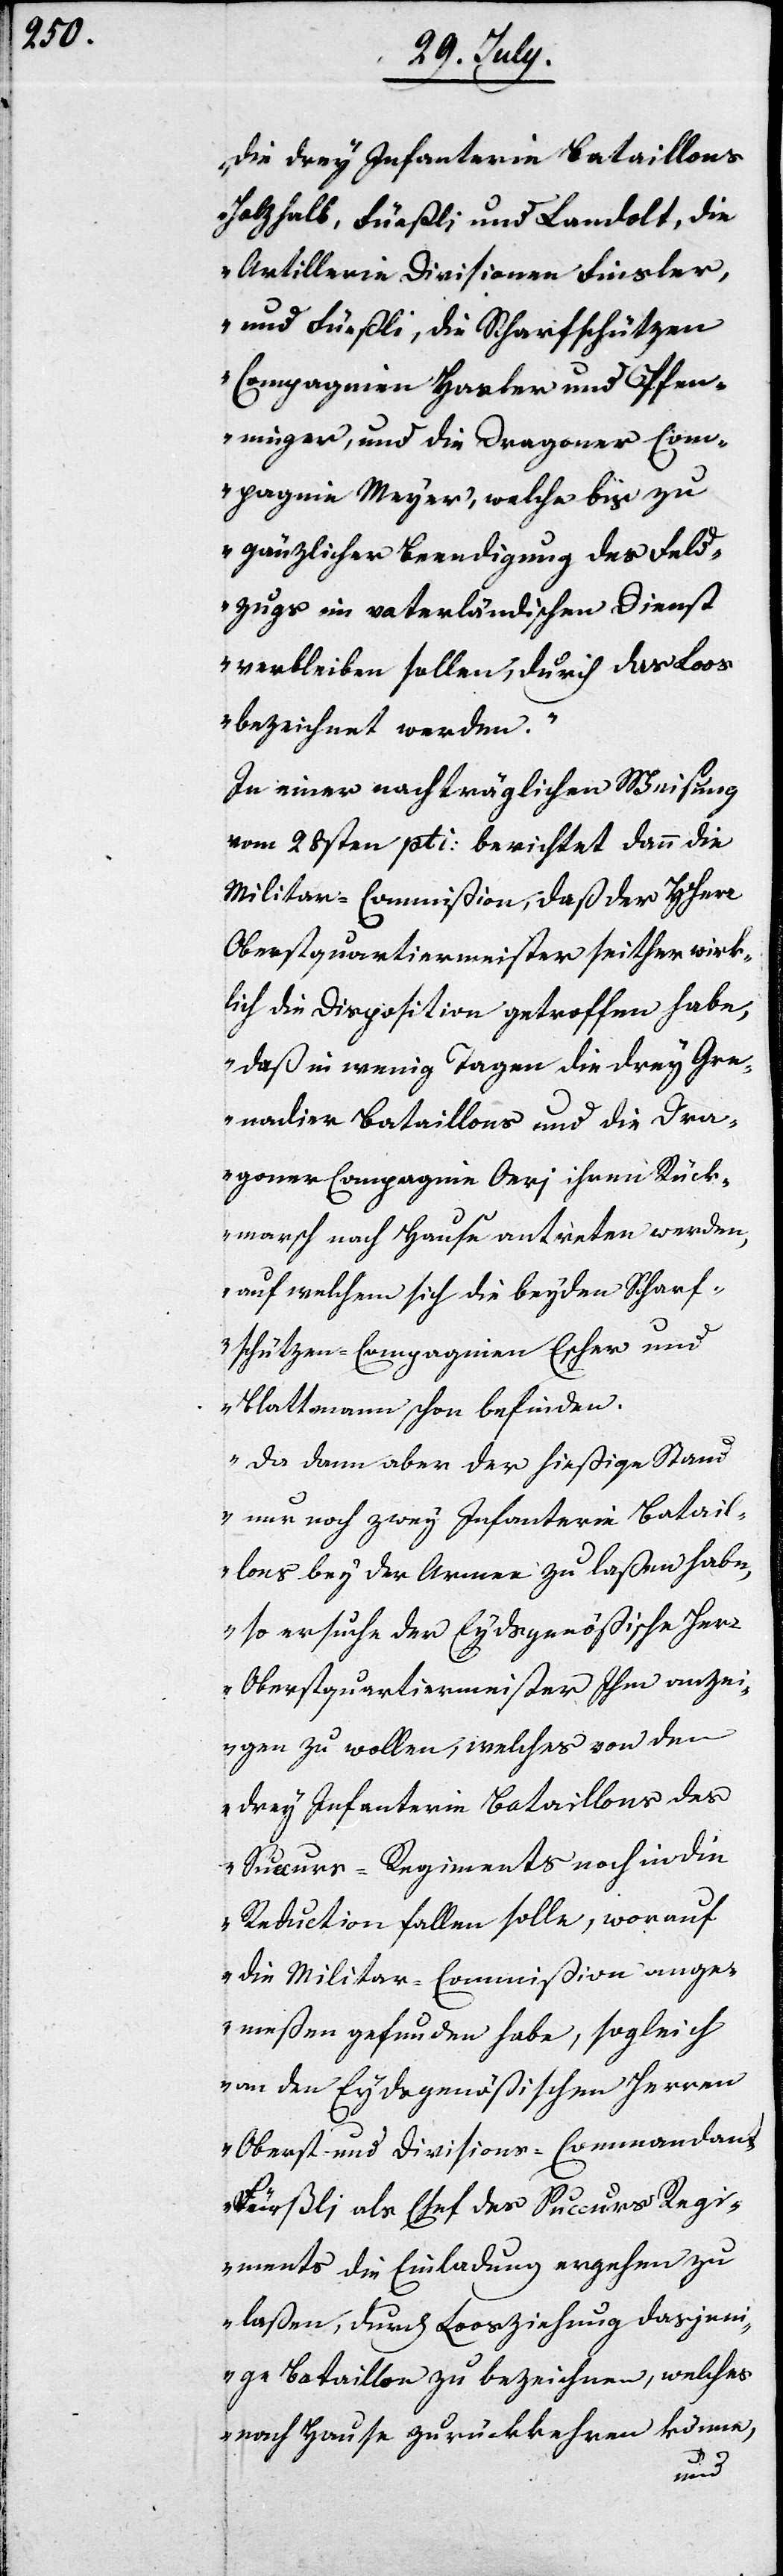
die drey Infanterie Bataillons
Holzhalb, Füeßli und Landolt, die
Artillerie Divisionen Finsler,
und Füeßli, die Scharfschützen
Compagnien Hasler und Pfen¬
ninger, und die Dragoner Com¬
pagnie Meyer, welche bis zu
gänzlicher Beendigung des Feld¬
zugs im vaterländischen Dienst
verbleiben sollen, durch das Loos
bezeichnet werden.
In einer nachträglichen Weisung
vom 28sten pti. berichtete dann die
Militar-Commißion, daß der HHerr
Obersquartiermeister Finsler seither wirk¬
lich die Disposition getroffen habe,
daß in wenigen Tagen die drei Gre¬
nadier Bataillons und die Dra¬
goner Compagnie Oeri ihren Rück¬
marsch nach Hause antreten werden,
auf welchem sich die beyden Scharf¬
schützen-Compagnien Escher und
Blattmann schon befinden.
Da dann aber der hießige Stand
nur noch zwey Infanterie Batail¬
lons bey der Armee zu laßen habe,
so ersuche der Eydsgenößische Herr
Oberstquartiermeister Ihm anzei¬
gen zu wollen, welches von den
drey Infanterie Bataillons des
Succurs-Regiments noch in die
Reduction fallen solle, worauf
die Militar-Commißion ange¬
meßen gefunden habe, sogleich
an den Eydsgenößischen Herren
Oberst- und Divisions-Commandant
Füeßli als Chef des Succurs-Regi¬
ments die Einladung ergehen zu
laßen, durch Loosziehung dasjeni¬
ge Bataillon zu bezeichnen, welches
nach Hause zurückkehren könne,